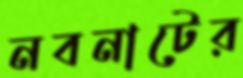
নবনাটের